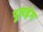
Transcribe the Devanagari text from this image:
पूलइंग